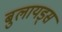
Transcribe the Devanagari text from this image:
बुलायड्स